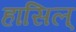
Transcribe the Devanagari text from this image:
हासिल्